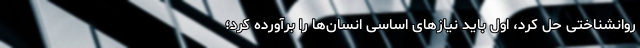
روانشناختی حل کرد، اول باید نیازهای اساسی انسان‌ها را برآورده کرد؛